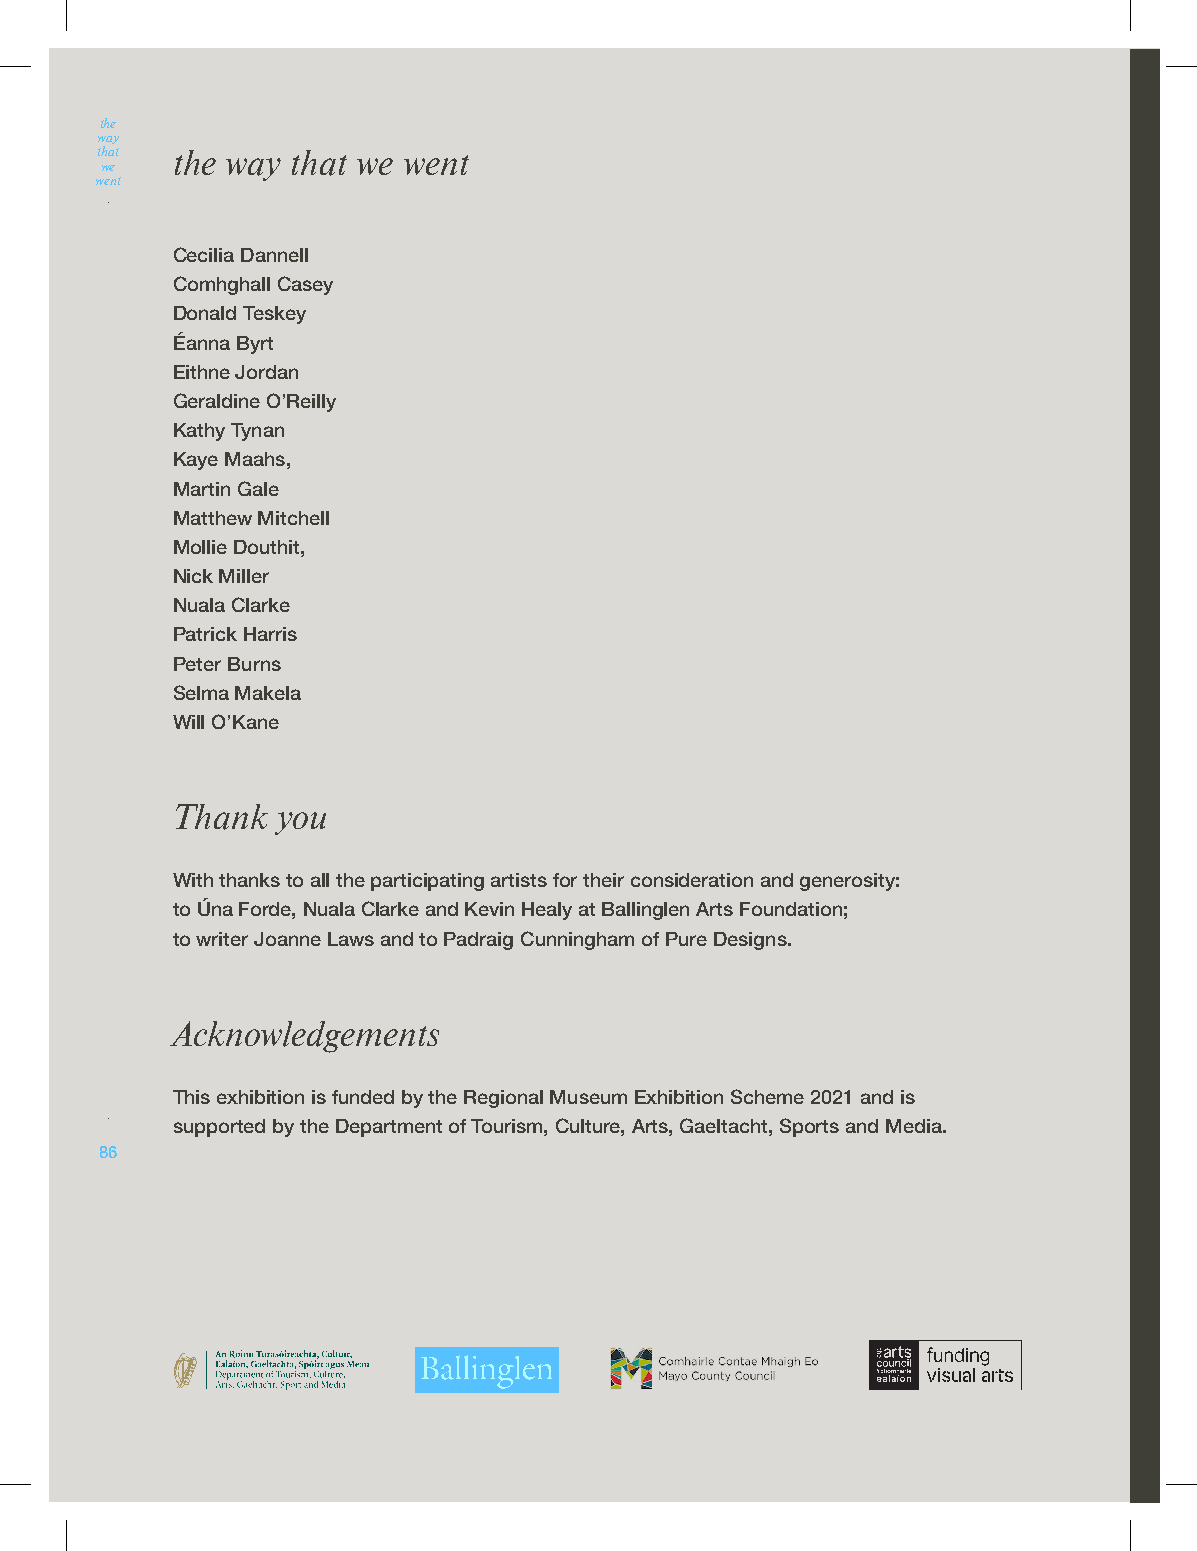
the
 way
 that the way that we went
 we
 went
 Cecilia Dannell
 Comhghall Casey
 Donald Teskey
 Éanna Byrt
 Eithne Jordan
 Geraldine O’Reilly
 Kathy Tynan
 Kaye Maahs,
 Martin Gale
 Matthew Mitchell
 Mollie Douthit,
 Nick Miller
 Nuala Clarke
 Patrick Harris
 Peter Burns
 Selma Makela
 Will O’Kane
 Thank  you
 With thanks to all the participating artists for their consideration and generosity:
 to Úna Forde, Nuala Clarke and Kevin Healy at Ballinglen Arts Foundation;
 to writer Joanne Laws and to Padraig Cunningham of Pure Designs.
 Acknowledgements
 This exhibition is funded by the Regional Museum Exhibition Scheme 2021 and is
 supported by the Department of Tourism, Culture, Arts, Gaeltacht, Sports and Media.
 86